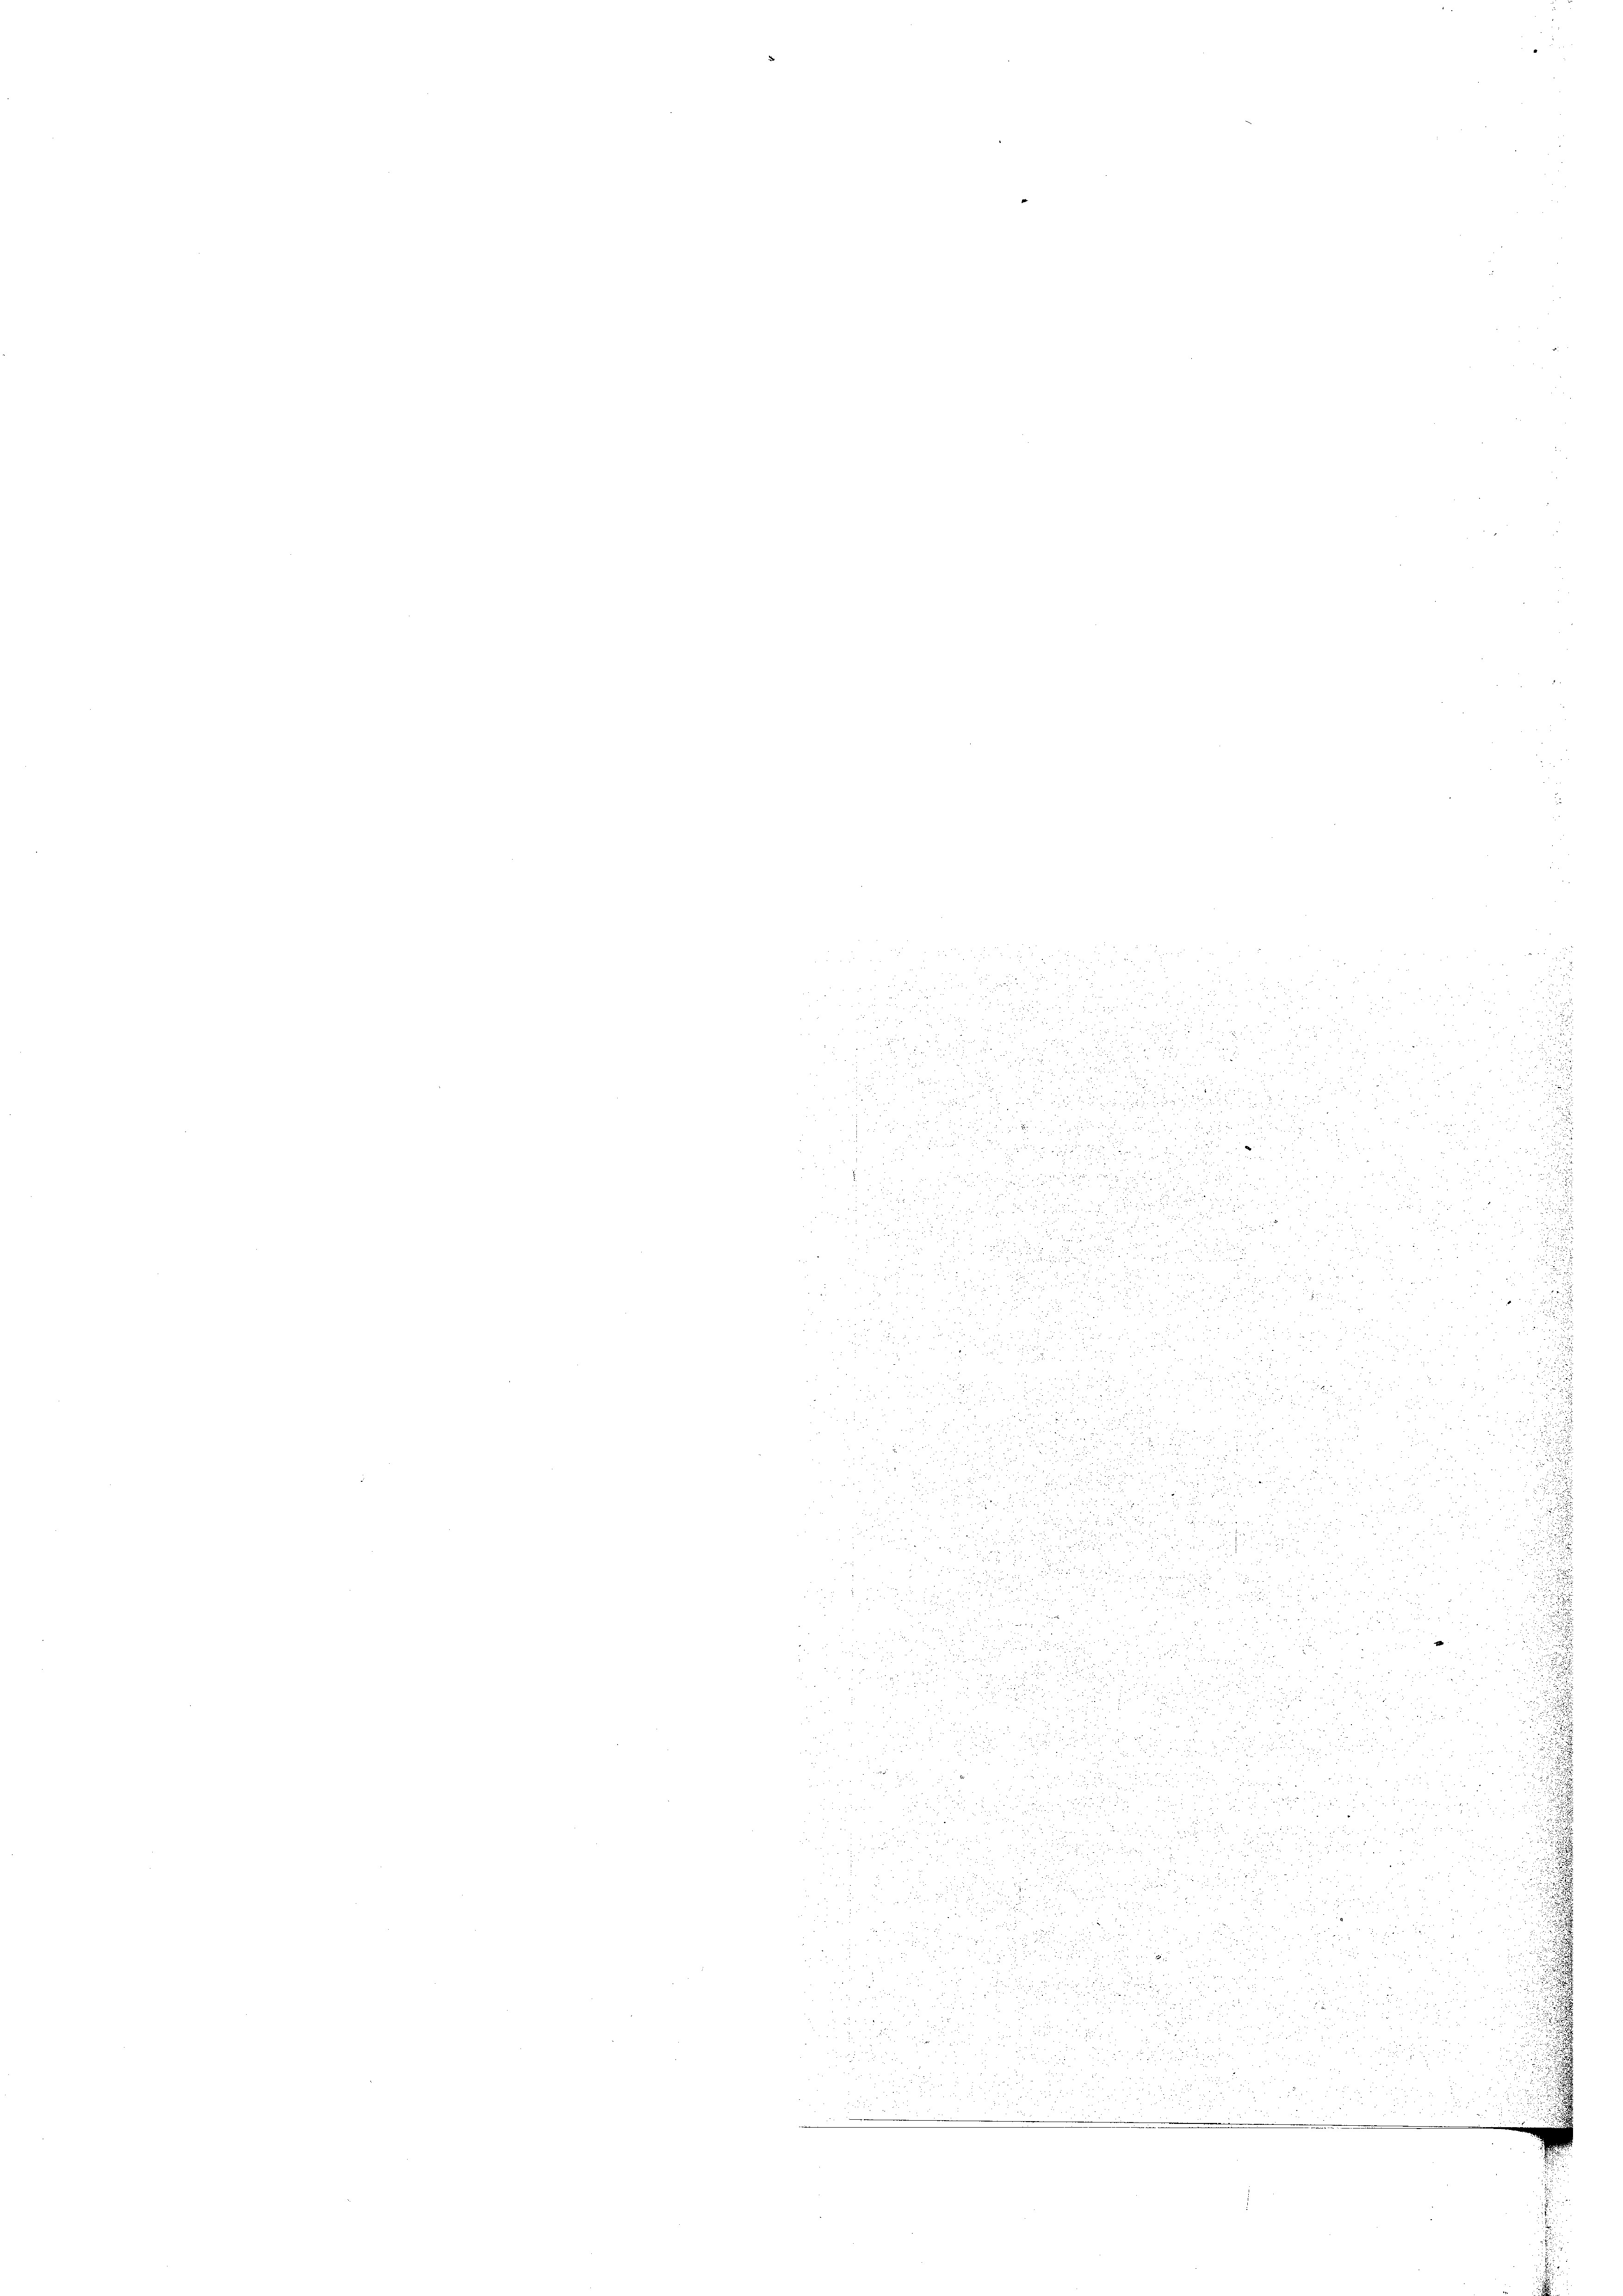
.